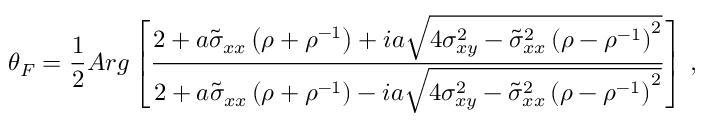
\theta _ { F } = \frac { 1 } { 2 } A r g \left[ \frac { 2 + a \tilde { \sigma } _ { x x } \left( \rho + \rho ^ { - 1 } \right) + i a \sqrt { 4 \sigma _ { x y } ^ { 2 } - \tilde { \sigma } _ { x x } ^ { 2 } \left( \rho - \rho ^ { - 1 } \right) ^ { 2 } } } { 2 + a \tilde { \sigma } _ { x x } \left( \rho + \rho ^ { - 1 } \right) - i a \sqrt { 4 \sigma _ { x y } ^ { 2 } - \tilde { \sigma } _ { x x } ^ { 2 } \left( \rho - \rho ^ { - 1 } \right) ^ { 2 } } } \right] \, ,